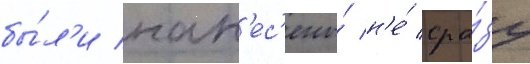
бы́л'и нан'ес'ены́ н'е́ сра́зу